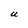
Character: U